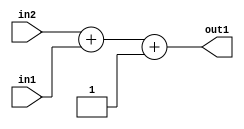
`timescale 1ps / 1ps
/*****************************************************************************
    Verilog RTL Description
    
    
    Created by: Stratus DpOpt 2019.1.01 
*******************************************************************************/

module st_feature_addr_gen_Add3i1u8u16_4_2 (
	in2,
	in1,
	out1
	); /* architecture "behavioural" */ 
input [15:0] in2;
input [7:0] in1;
output [15:0] out1;
wire [15:0] asc001;

wire [15:0] asc001_tmp_0;
assign asc001_tmp_0 = 
	+(in2)
	+(in1);
assign asc001 = asc001_tmp_0
	+(16'B0000000000000001);

assign out1 = asc001;
endmodule

/* CADENCE  uLH4TQ0= : u9/ySgnWtBlWxVPRXgAZ4Og= ** DO NOT EDIT THIS LINE ******/